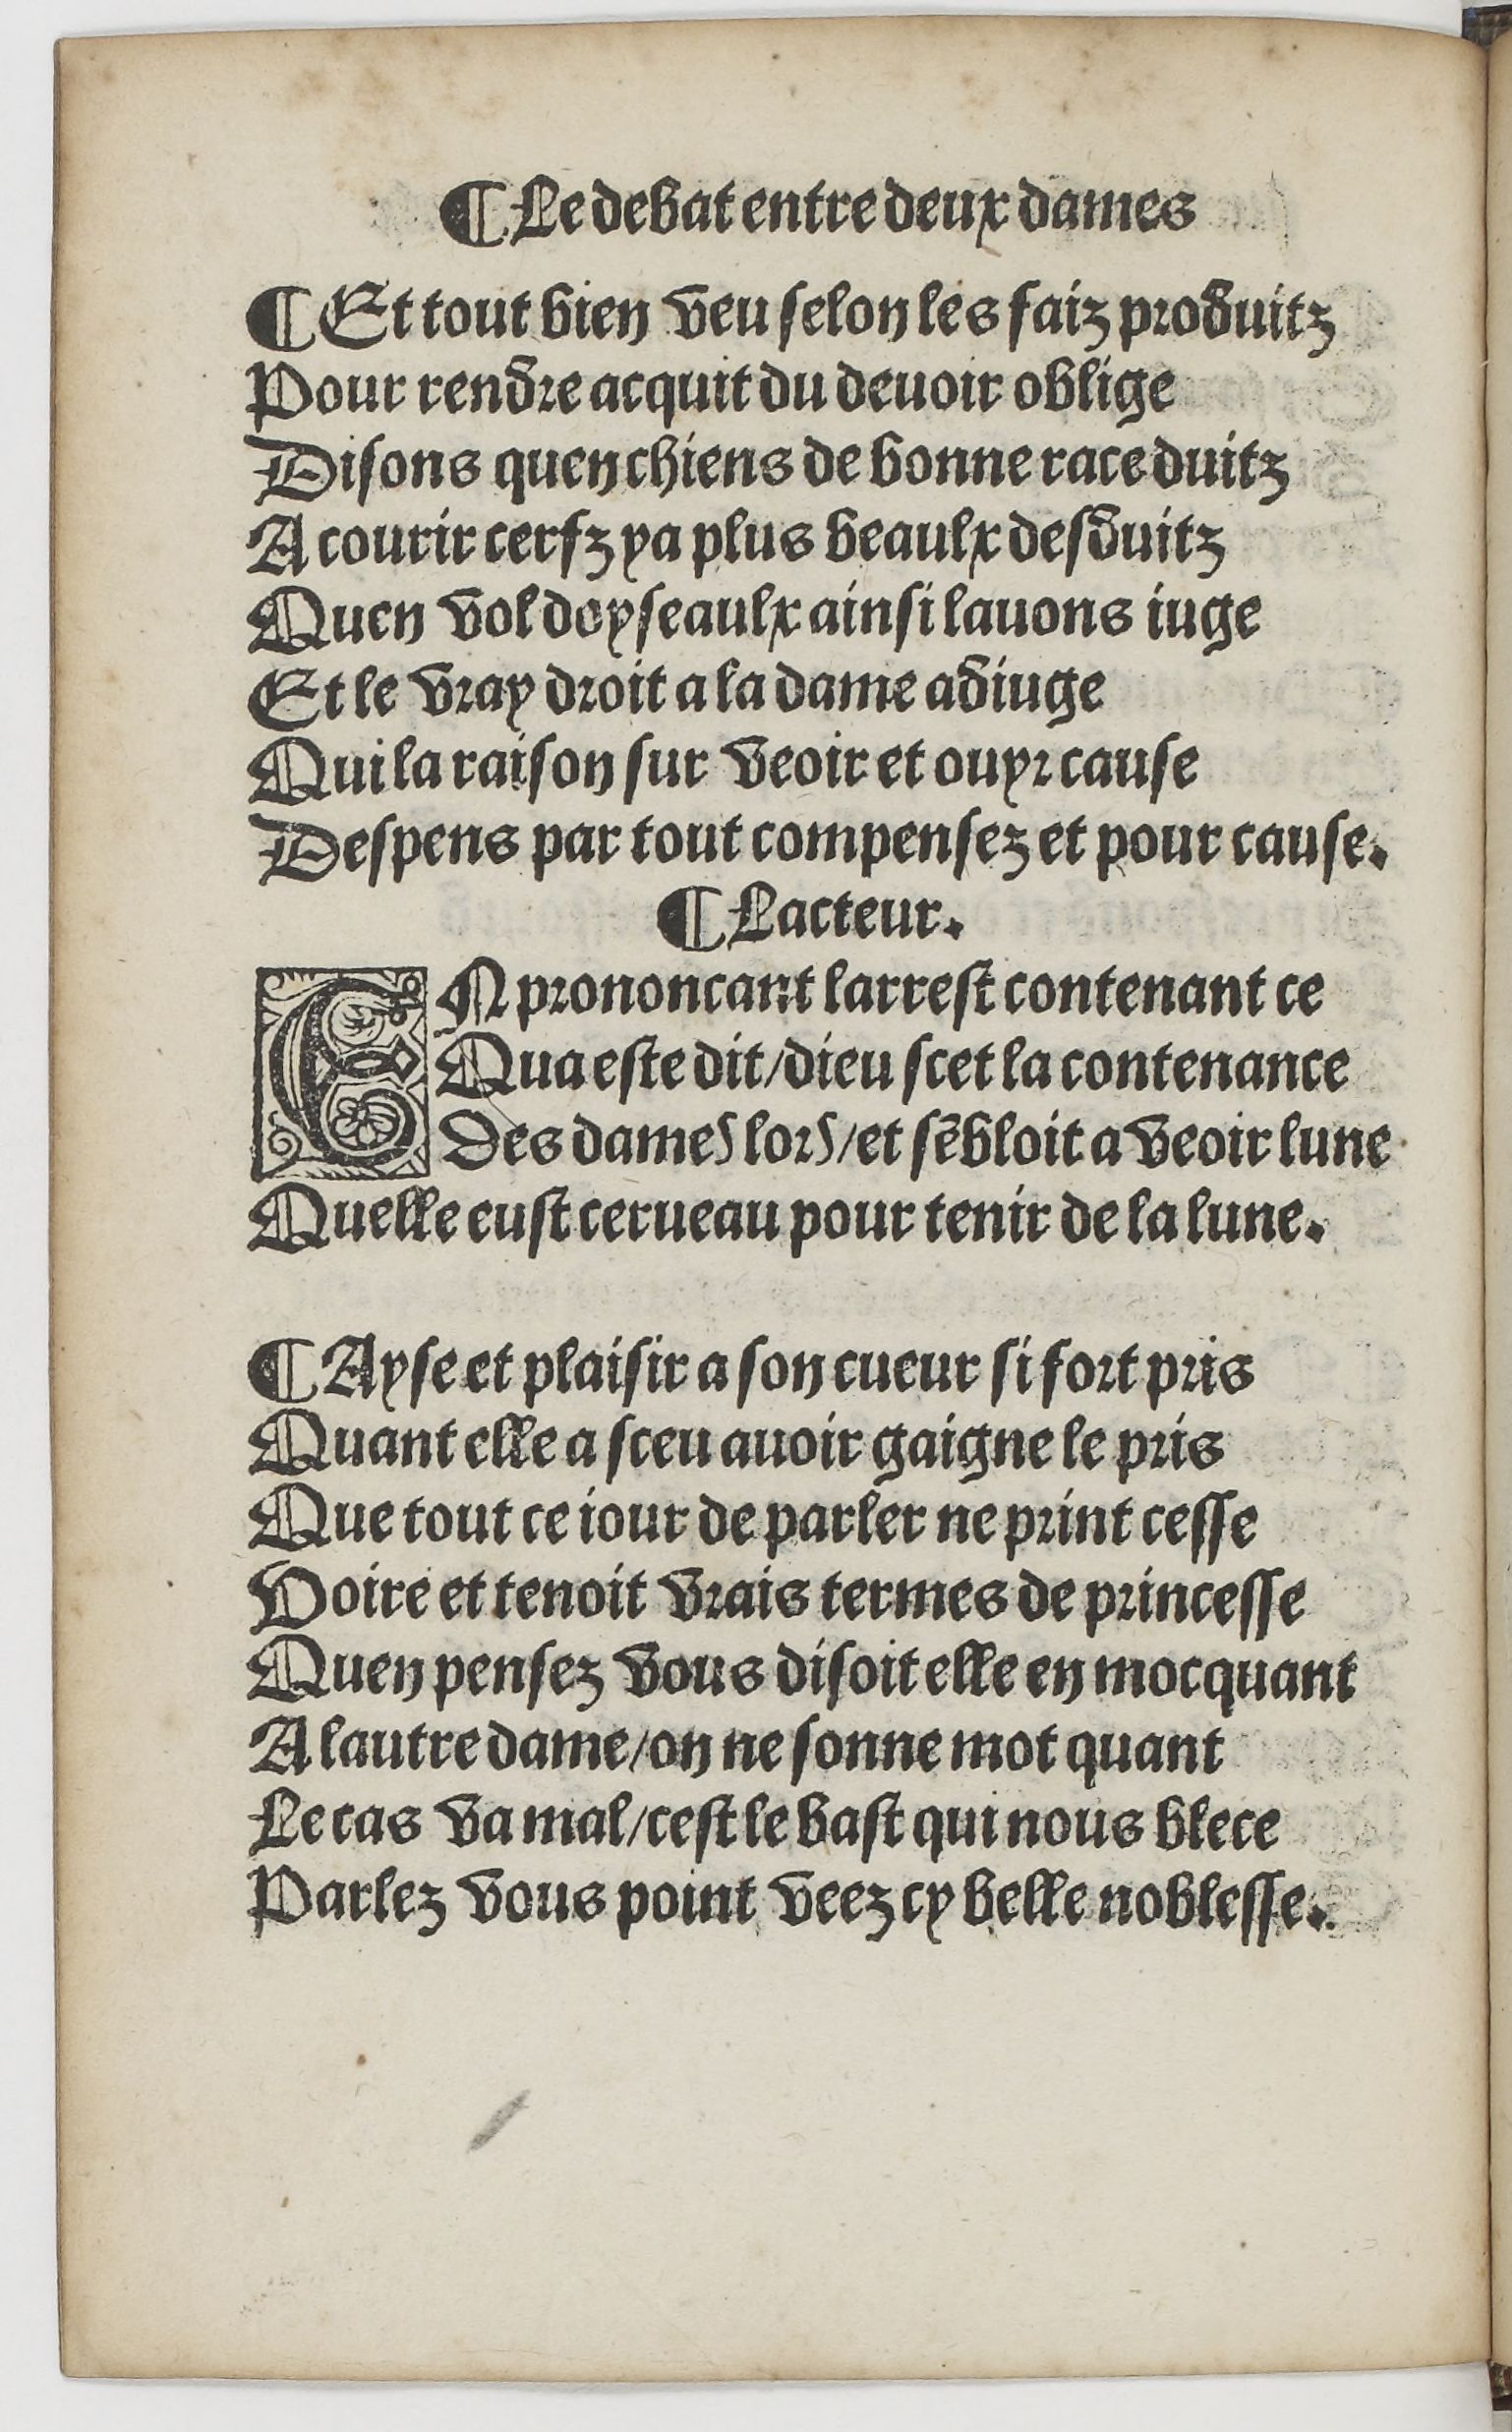
Shelfmark: Paris, BnF, Rés. YE-1395
Century: 16